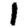
Digit: 1